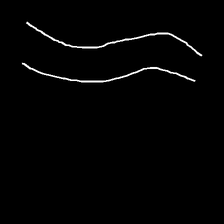
Glyph: float